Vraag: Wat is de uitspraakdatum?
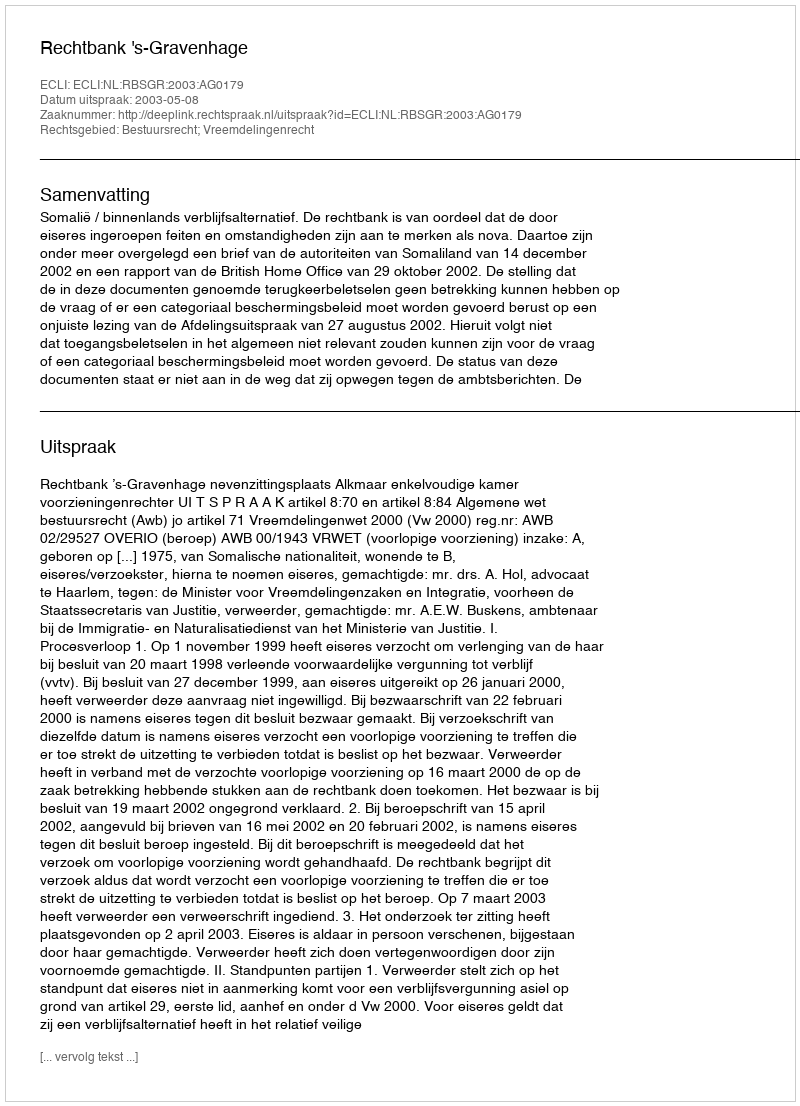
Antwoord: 2003-05-08